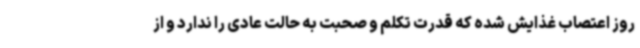
روز اعتصاب غذایش شده که قدرت تکلم و صحبت به حالت عادی را ندارد و از